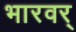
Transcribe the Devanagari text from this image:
भारवर्